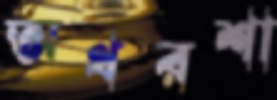
অথরশা